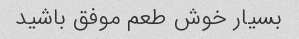
بسیار خوش طعم موفق باشید